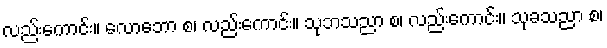
လည်းကောင်း။ လောဘော စ၊ လည်းကောင်း။ သုဘသညာ စ၊ လည်းကောင်း။ သုခသညာ စ၊